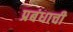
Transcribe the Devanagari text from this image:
प्रबंधाची